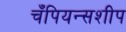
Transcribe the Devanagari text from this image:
चँपियन्सशीप